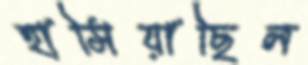
হাসিয়াছিল